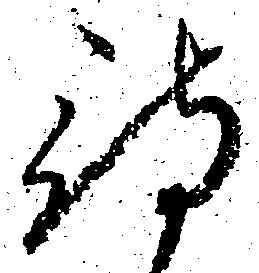
待